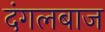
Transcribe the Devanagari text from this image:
दंगलबाज